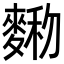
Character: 𪍆